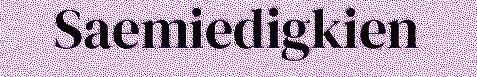
Saemiedigkien